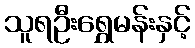
သူရဦးရွှေမန်းနှင့်